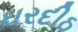
ઘરદીઠ